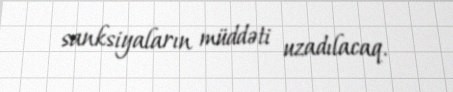
sanksiyaların müddəti uzadılacaq.